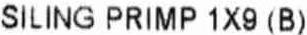
SILING PRIMP 1X9 (B)